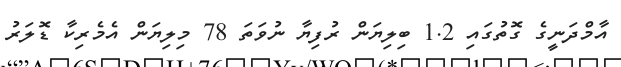
އާމްދަނީގެ ގޮތުގައި 1.2 ބިލިޔަން ރުފިޔާ ނުވަތަ 78 މިލިޔަން އެމެރިކާ ޑޮލަރު